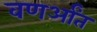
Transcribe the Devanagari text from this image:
वणर्आंत